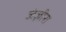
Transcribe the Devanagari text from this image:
जंज़ीरा